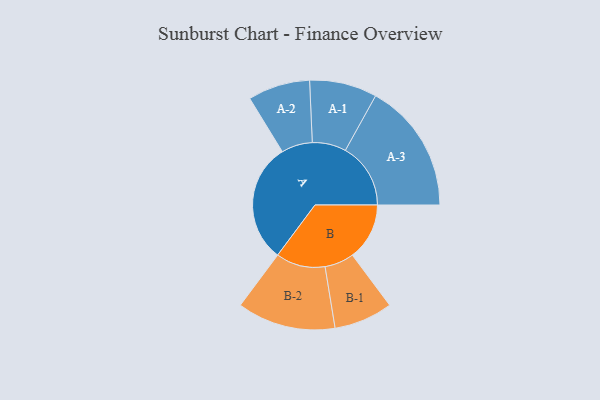
{"axis": {"x": "Segment", "y": "Value"}, "legend": ["", "A", "B"], "data": [{"x": "A", "y": 493, "type": ""}, {"x": "B", "y": 235, "type": ""}, {"x": "A-1", "y": 139, "type": "A"}, {"x": "A-2", "y": 128, "type": "A"}, {"x": "A-3", "y": 269, "type": "A"}, {"x": "B-1", "y": 121, "type": "B"}, {"x": "B-2", "y": 203, "type": "B"}]}